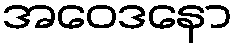
အဝေဒနော